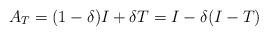
LaTeX: \begin{align*}A_T=(1-\delta)I+\delta T=I-\delta(I-T)\end{align*}